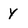
Character: Y